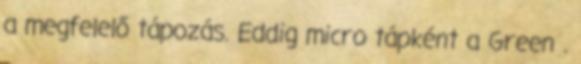
a megfelelő tápozás. Eddig micro tápként a Green .